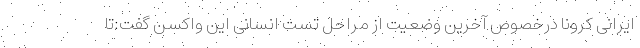
ایرانی کرونا درخصوص آخرین وضعیت از مراحل تست انسانی این واکسن گفت:تا